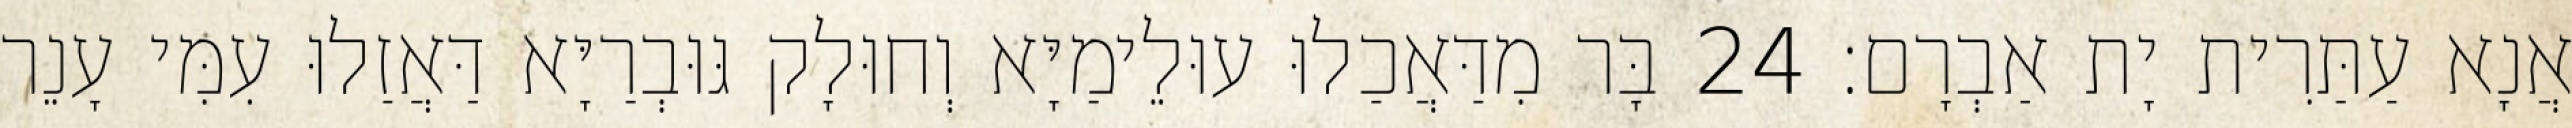
אֲנָא עַתַּרִית יָת אַבְרָם׃ 24 בָּר מִדַּאֲכַלוּ עוּלֵימַיָּא וְחוּלָק גּוּבְרַיָּא דַּאֲזַלוּ עִמִּי עָנֵר